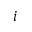
i